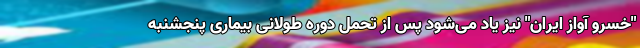
"خسرو آواز ایران" نیز یاد می‌شود پس از تحمل دوره طولانی بیماری پنجشنبه